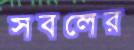
সবলের